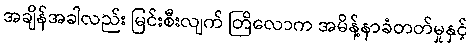
အချိန်အခါလည်း မြင်းစီးလျက် တြိလောက အမိန့်နာခံတတ်မှုနှင့်